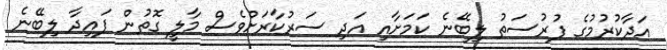
އަދާކުރުމުގެ ފުރުސަތު ލިބޭނެ ކަމަށާއި އަދި ސަރުކާރަށްވެސް މާލީ ގޮތުން ފައިދާ ލިބޭނެ